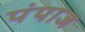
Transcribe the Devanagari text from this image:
पंपाज